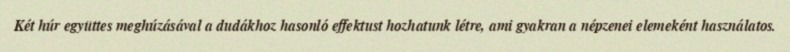
Két húr együttes meghúzásával a dudákhoz hasonló effektust hozhatunk létre, ami gyakran a népzenei elemeként használatos.